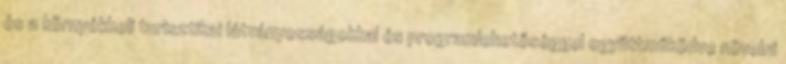
és a környékbeli turisztikai látványosságokkal és programlehetőséggel együttműködve növelni